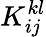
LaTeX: {K}_{ij}^{kl}